Vaccination United Provinces of Agra and Oudh 1902-1913 - 1902-1913
Year: 1902
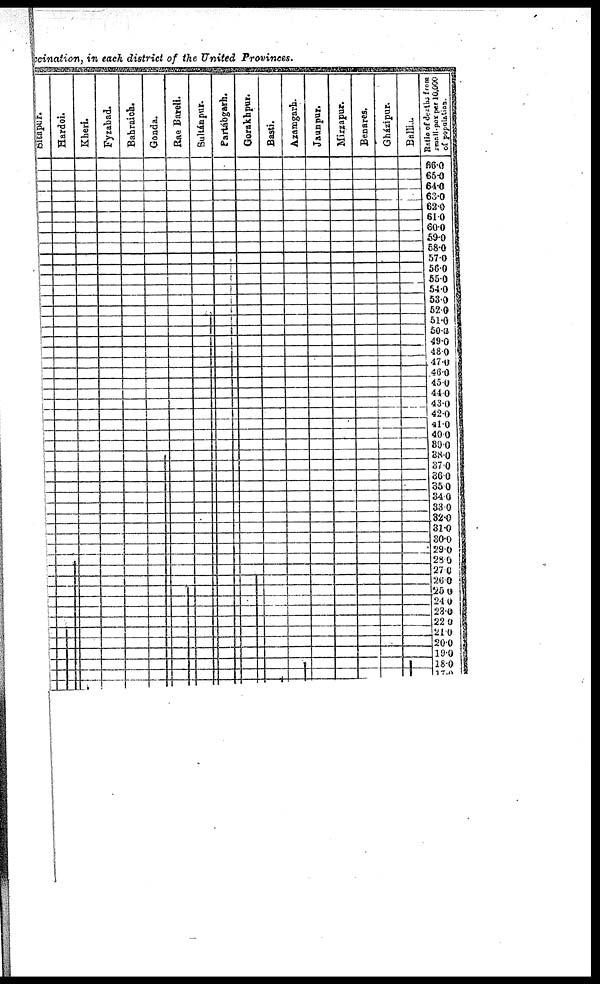
ccination, in each district of the United Provinces.